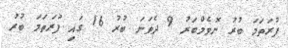
ފުރަތަމަ ބުރު ނޮވެމްބަރު 9 ދެވަނަ ބުރު 16 ގައި ފުރަތަމަ ބުރު